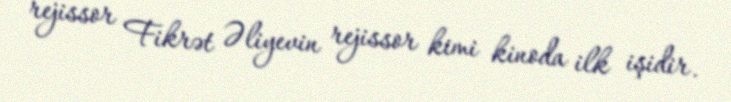
rejissor Fikrət Əliyevin rejissor kimi kinoda ilk işidir.